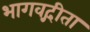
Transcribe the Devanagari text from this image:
भागवद्गीता